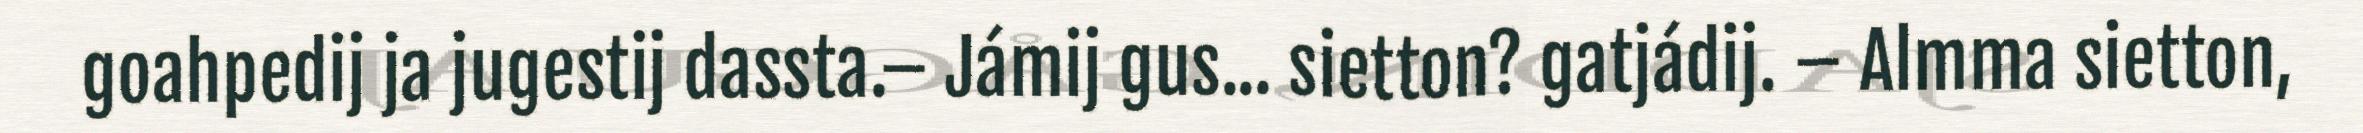
goahpedij ja jugestij dassta.– Jámij gus... sietton? gatjádij. – Almma sietton,